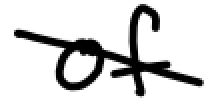
Text: of
Cross-out: diagonal
Writing tool: digital_black